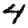
Digit: 4